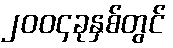
၂၀၀၄ခုနှစ်တွင်